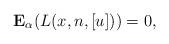
LaTeX: \begin{align*}\bold{E}_{\alpha}(L(x,n,[u]))=0,\end{align*}